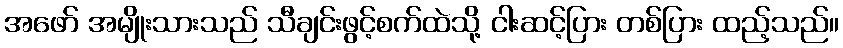
အဖော် အမျိုးသားသည် သီချင်းဖွင့်စက်ထဲသို့ ငါးဆင့်ပြား တစ်ပြား ထည့်သည်။